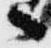
へ